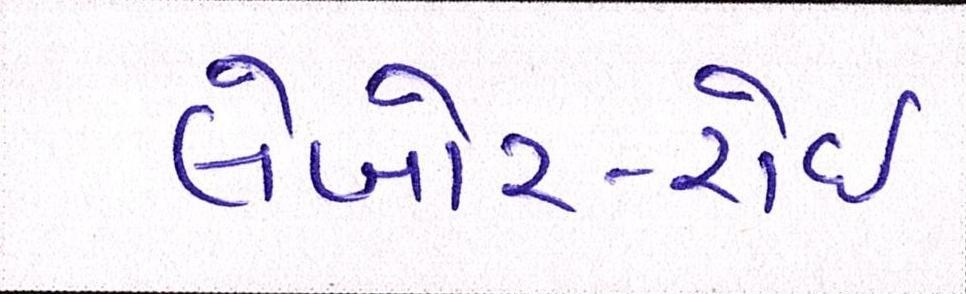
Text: લેબોર-રોઈ